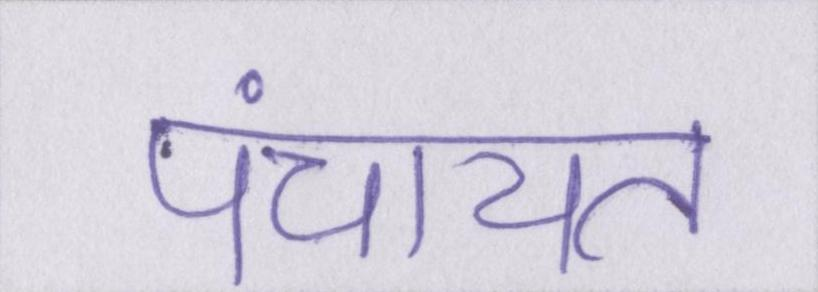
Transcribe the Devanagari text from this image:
पंचायत